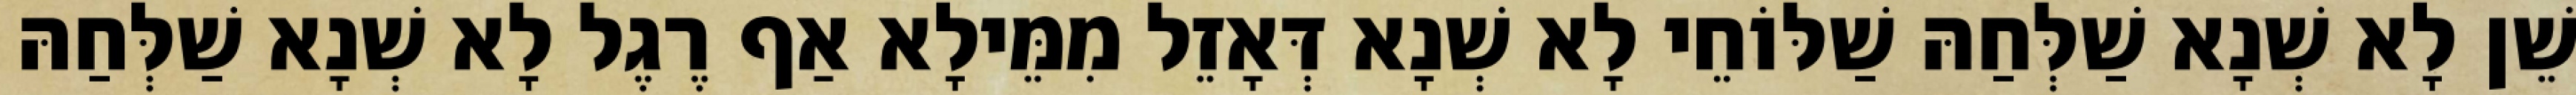
שֵׁן לָא שְׁנָא שַׁלְּחַהּ שַׁלּוֹחֵי לָא שְׁנָא דְּאָזֵל מִמֵּילָא אַף רֶגֶל לָא שְׁנָא שַׁלְּחַהּ